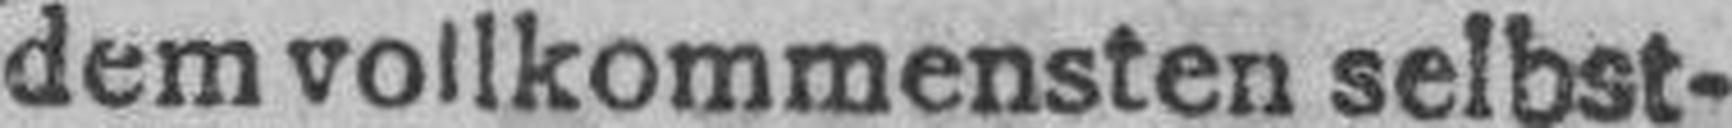
dem vollkommensten selbst¬